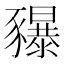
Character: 𧲐